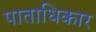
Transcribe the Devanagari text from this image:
पाताधिकार